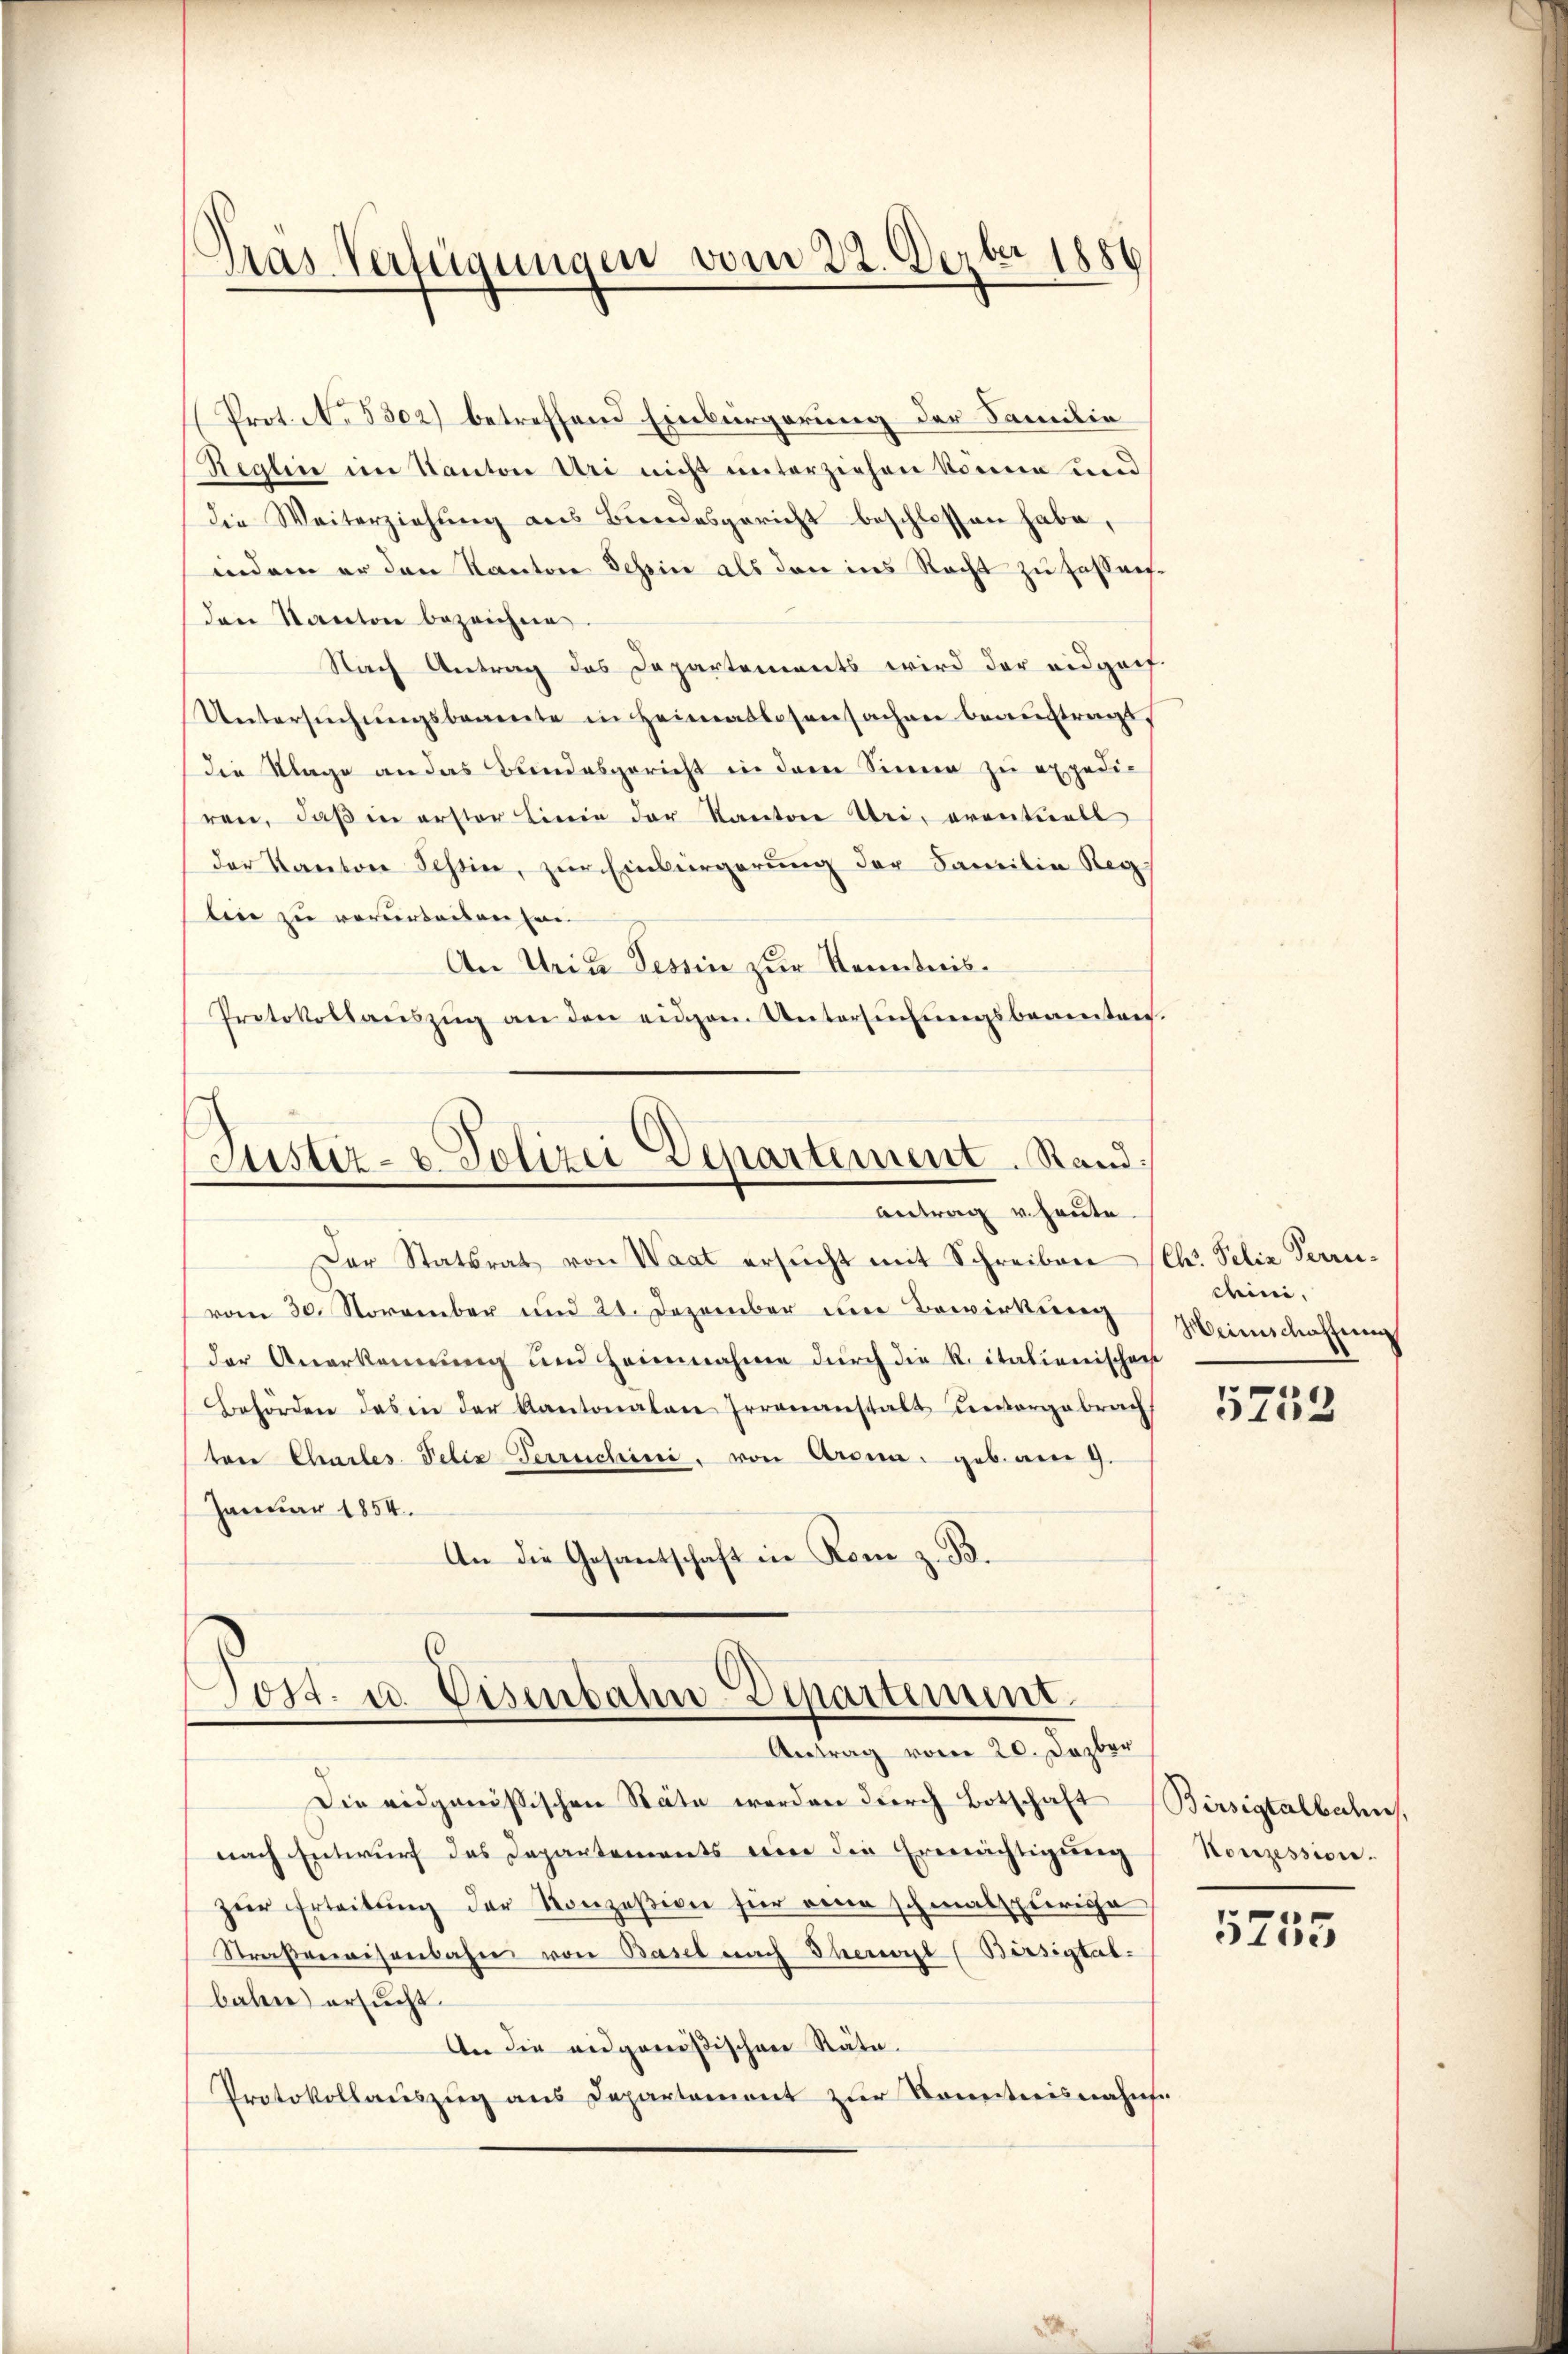
d
pras Verfügungen vom 22. Derber 1886

Prot. N. 5302) betreffend Einbürgerung der Familie
Reglin im Kanton Uri nicht unterziehen könne und
die Weiterziehung aus Bundesgericht beschlossen habe,
indem er den Kanton Schin als den ins Recht zu faßenden Kanton bezeichne
Nach Antrag des Departements wird der eidgenf
Untersŭchŭngsbeamte in Heimatlosensachen beauftragt,
die Klage an das Bundesgericht in dem Sinne zu expedi-
ren, daβ in erster Linie der Kanton Uri, oventuell
der Kanton Tessin, zur Einbürgerung der Familie Reg
bei zu verwerbeiten zwei
An Uria Tessin zur Kenntnis¬
Protokollaŭszŭg an den eigen Untersŭchŭngsbeamten.

Justiz- & Polizei Departement. Stand:
Antrag u. heute.

Der Statsrat von Waat ersŭcht mit Schreiben (Ct. Felix Terrivom 30. November und 21. Dezember den Bewirkung
der Anerkennung und Heinnahme dŭrch die Ritalienischen
Behörden das in der Kantonalen Irrenanstalt Leevergebrach
ten Charles Felix Verrechen, von Arena geb. am 9.
Januar 1854.
An die Gesantschaft in Rom z. B.

Post- u. Eisenbahn-Departement
Antrag vom 20. Dezbr

Die eidgenössischen Stäte werden durch Botschaft Birsigtalben,
nach Entwurf des Departements eine die Ermächtigung
zur Erleitung der Konzesion für eine schmalspurige
Straßenaisenbahn von Basel nach Eherwyl (Bürsigtal-
bahnne) ersucht
An die eidgenößischen Räte.
Protokollauszug aus Departement zur Kenntnisnahms

demi
Weinschaffung

1
310

Konzession.

5755